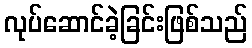
လုပ်ဆောင်ခဲ့ခြင်းဖြစ်သည်